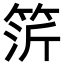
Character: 䇵